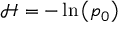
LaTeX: { \mathcal { H } } = - \ln \left( p _ { 0 } \right)